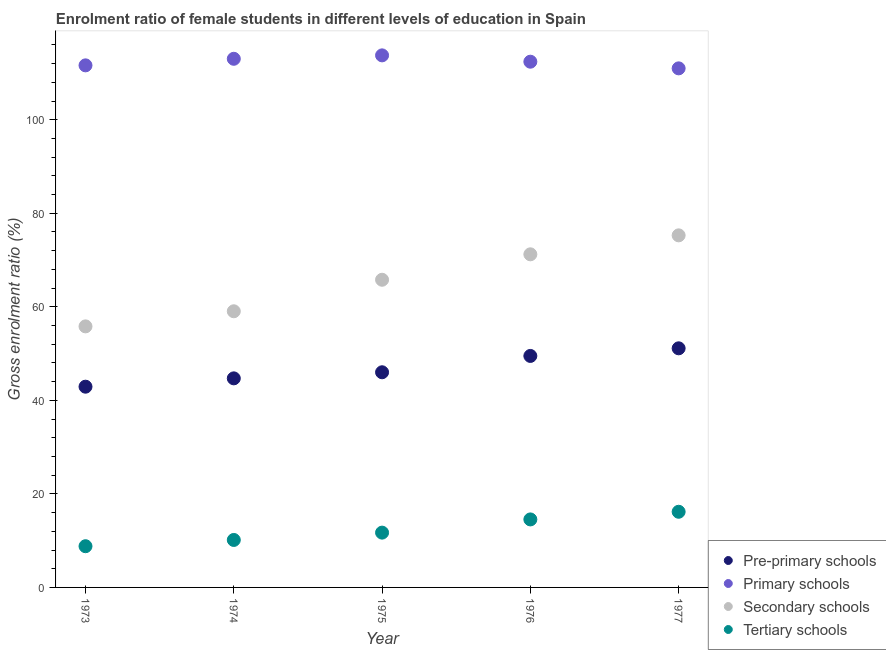
| Year | Pre-primary schools | Primary schools | Secondary schools | Tertiary schools |
 | --- | --- | --- | --- | --- |
 | 1973 | 42.9 | 112 | 55.8 | 8.81 |
 | 1974 | 44.7 | 113 | 59 | 10.2 |
 | 1975 | 46 | 114 | 65.8 | 11.7 |
 | 1976 | 49.5 | 112 | 71.2 | 14.5 |
 | 1977 | 51.1 | 111 | 75.3 | 16.2 |